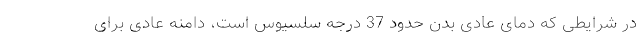
در شرایطی که دمای عادی بدن حدود 37 درجه سلسیوس است، دامنه عادی برای